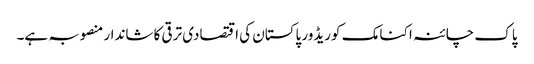
پاک چائنہ اکنامک کوریڈور پاکستان کی اقتصادی ترقی کا شاندار منصوبہ ہے۔